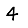
Digit: 4